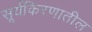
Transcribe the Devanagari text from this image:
सूर्यकिरणातील